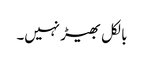
بالکل بھیڑ نہیں۔